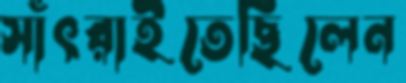
সাঁৎরাইতেছিলেন